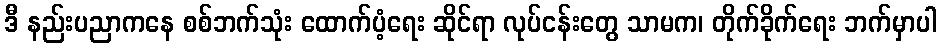
ဒီ နည်းပညာကနေ စစ်ဘက်သုံး ထောက်ပံ့ရေး ဆိုင်ရာ လုပ်ငန်းတွေ သာမက၊ တိုက်ခိုက်ရေး ဘက်မှာပါ